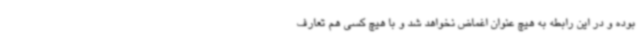
بوده و در این رابطه به هیچ عنوان اغماض نخواهد شد و با هیچ کسی هم تعارف